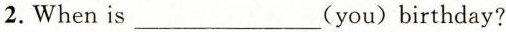
2. When is___(you)birthday?